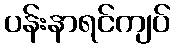
ပန်းနာရင်ကျပ်